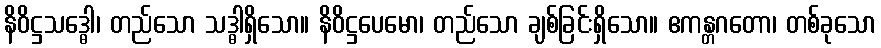
နိဝိဋ္ဌသဒ္ဓေါ၊ တည်သော သဒ္ဓါရှိသော။ နိဝိဋ္ဌပေမော၊ တည်သော ချစ်ခြင်းရှိသော။ ဧကန္တဂတော၊ တစ်ခုသော